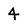
Character: 4